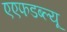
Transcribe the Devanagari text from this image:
एएफडब्ल्‍यू